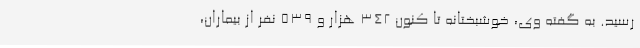
رسید. به گفته وی، خوشبختانه تا کنون 342 هزار و 539 نفر از بیماران،